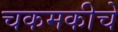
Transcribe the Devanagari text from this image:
चकमकीचे